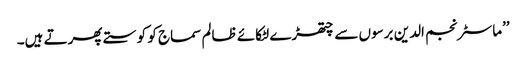
’’ماسٹر نجم الدین برسوں سے چتھڑے لٹکائے ظالم سماج کو کوستے پھرتے ہیں۔